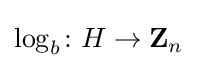
\log _{b}\colon H\to \mathbf {Z} _{n}